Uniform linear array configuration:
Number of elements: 16
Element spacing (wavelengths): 0.5
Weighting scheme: kaiser
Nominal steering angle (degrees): -30
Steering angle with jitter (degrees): -28.901
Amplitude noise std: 0.05
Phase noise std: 0.05

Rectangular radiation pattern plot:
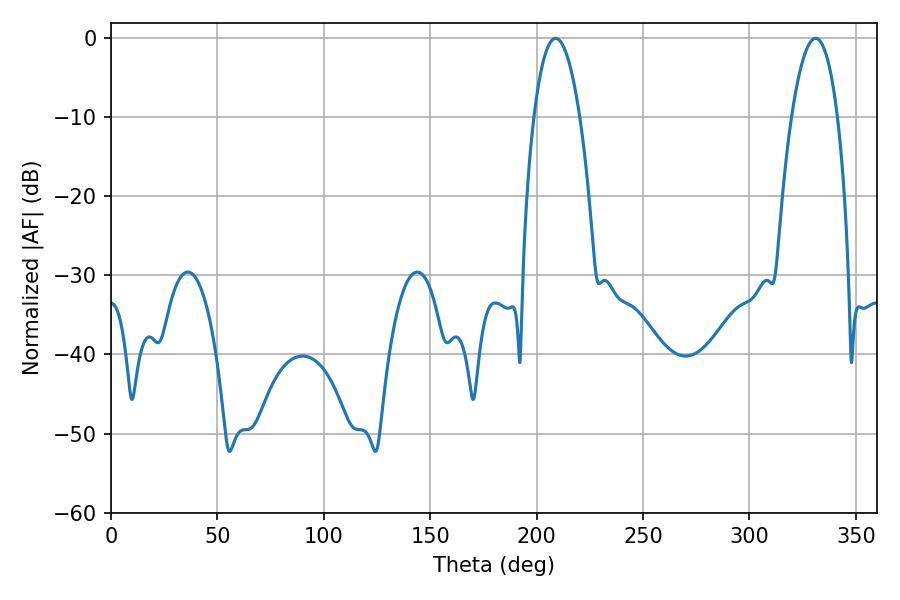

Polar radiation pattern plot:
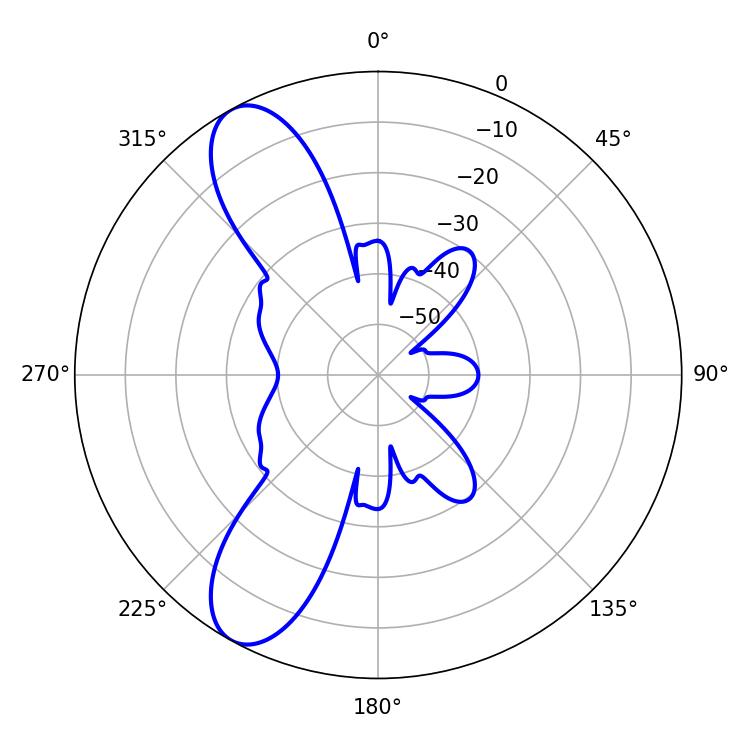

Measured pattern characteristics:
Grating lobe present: FALSE
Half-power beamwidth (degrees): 12.06
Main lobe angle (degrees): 208.98